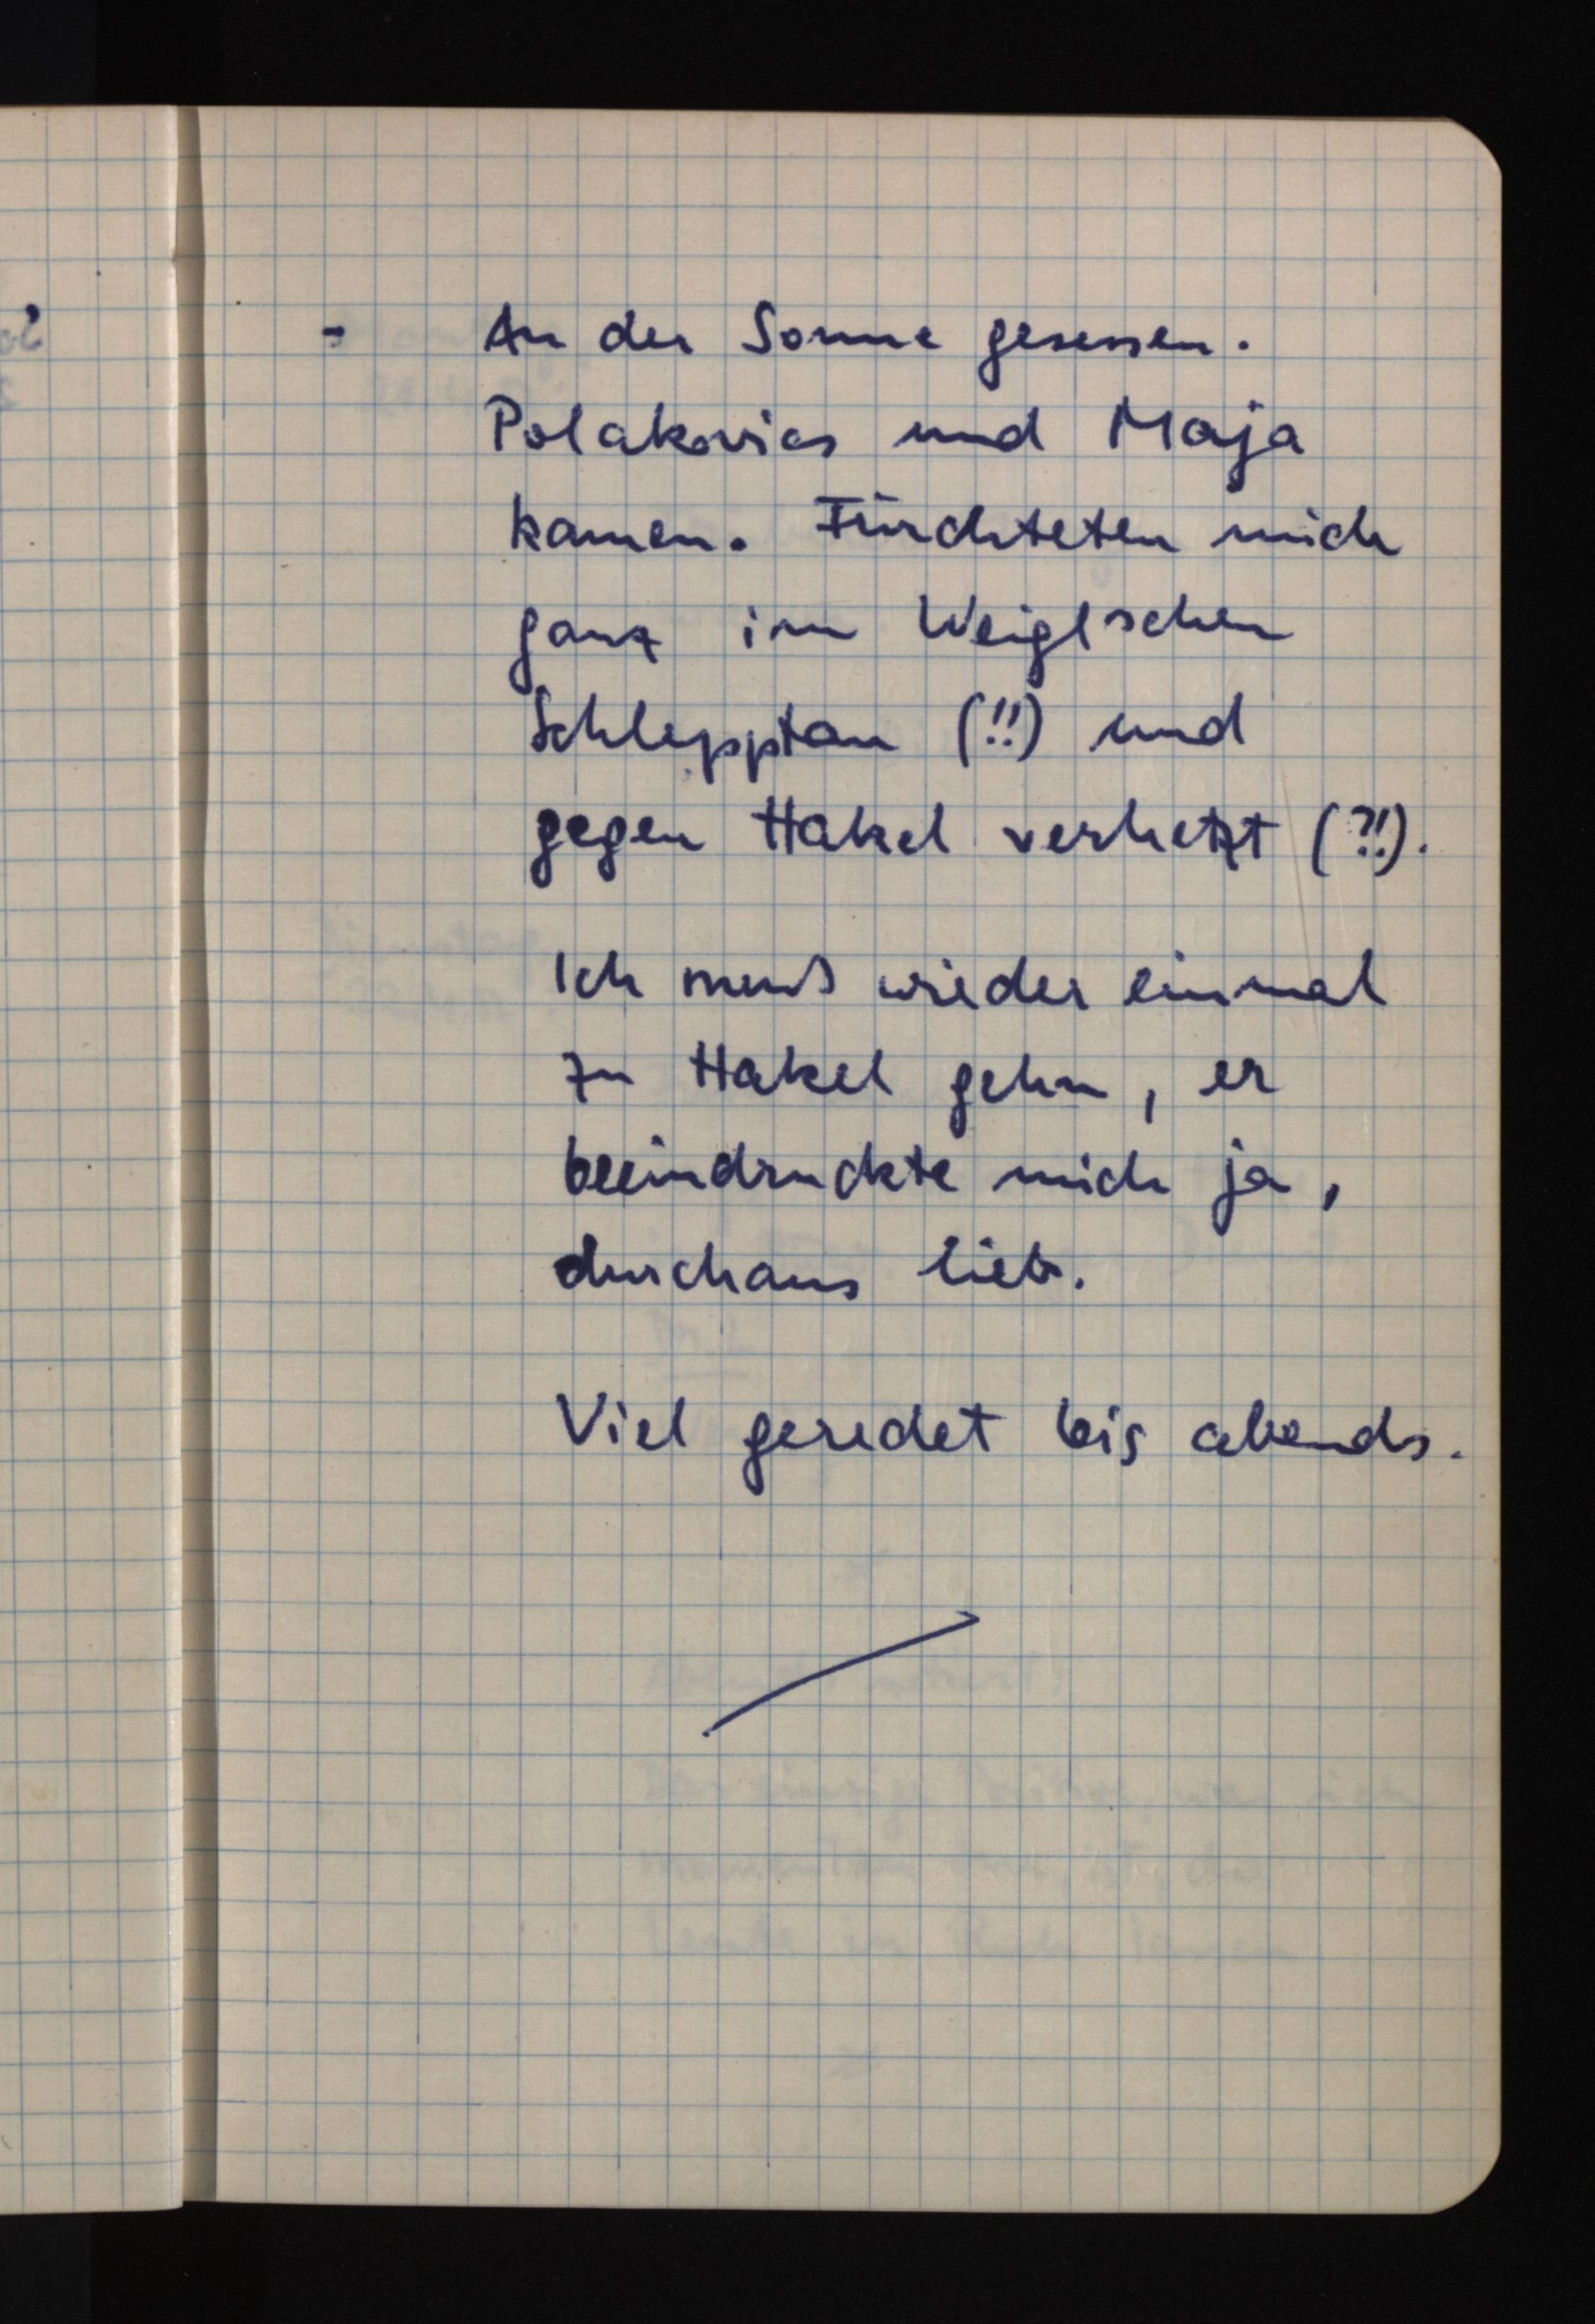
An der Sonne gesessen.
Polakovics und Maja
kamen. Fürchteten mich
ganz im Weigelschen
Schlepptau (!!) und
gegen Hakel verhetzt (?!).
Ich muß wieder einmal
zu Hakel gehn, er
beeindruckte mich ja,
durchaus lieb.
Viel geredet bis abends.